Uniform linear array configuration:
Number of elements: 64
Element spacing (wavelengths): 1
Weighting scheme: binomial
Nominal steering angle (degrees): -45
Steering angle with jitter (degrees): -46.736
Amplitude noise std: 0.05
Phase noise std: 0.05

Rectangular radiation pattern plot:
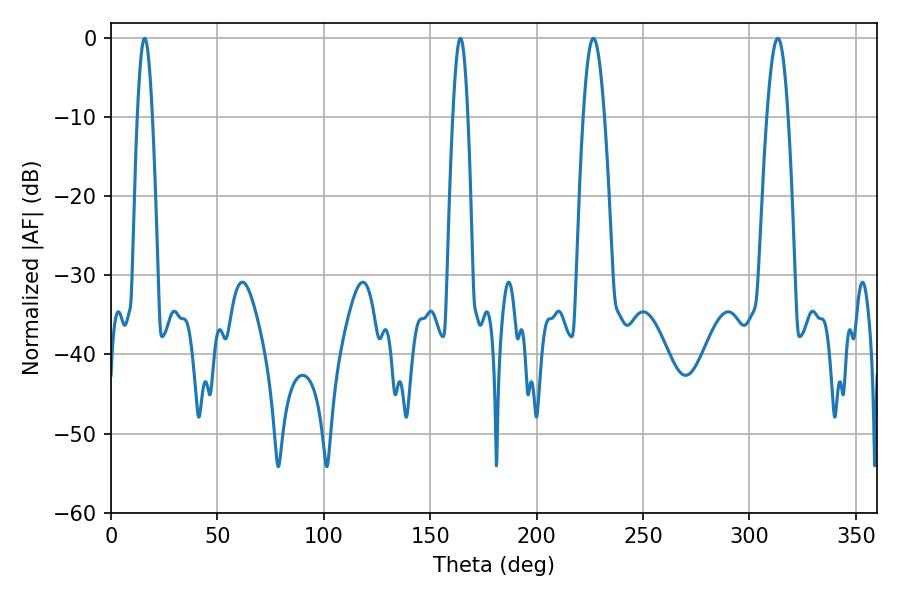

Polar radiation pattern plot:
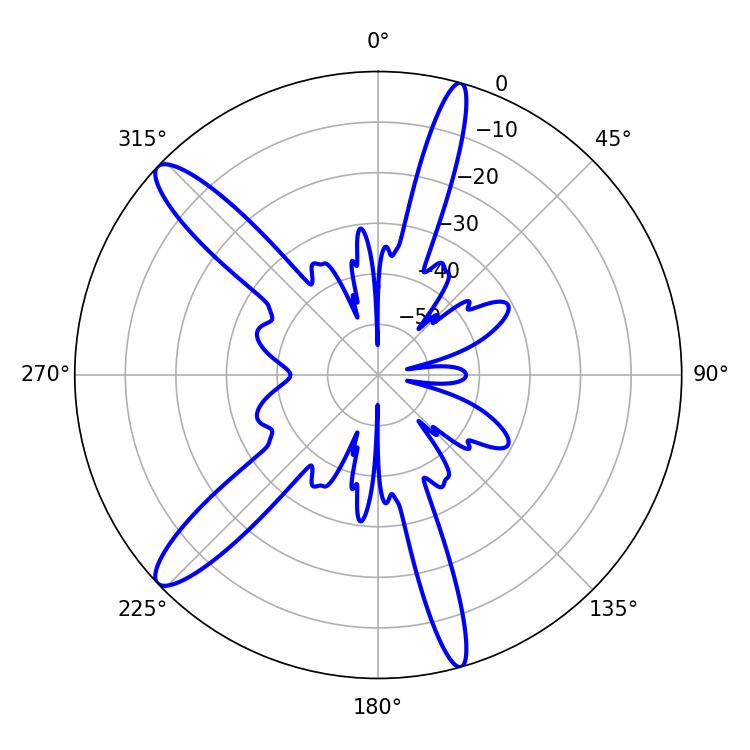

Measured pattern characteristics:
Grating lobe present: TRUE
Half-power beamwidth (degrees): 3.6
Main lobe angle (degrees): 15.84